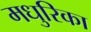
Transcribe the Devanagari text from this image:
मधुरिका